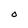
Character: 0